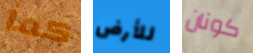
كما للأرض كونان